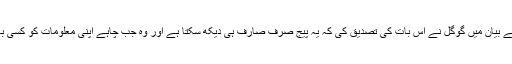
سی این بی سی کو دیئے گئے بیان میں گوگل نے اس بات کی تصدیق کی کہ یہ پیج صرف صارف ہی دیکھ سکتا ہے اور وہ جب چاہے اپنی معلومات کو کسی بھی وقت ڈیلیٹ کرسکتا ہے۔